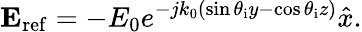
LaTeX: \mathbf{E}_{\mathrm{ref}}=-E_{0}e^{-jk_{0}(\sin\theta_{\mathrm{i}}y-\cos\theta_{\mathrm{i}}z)}\hat{x}.